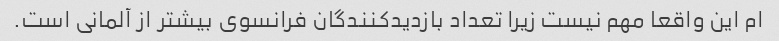
ام این واقعا مهم نیست زیرا تعداد بازدیدکنندگان فرانسوی بیشتر از آلمانی است.